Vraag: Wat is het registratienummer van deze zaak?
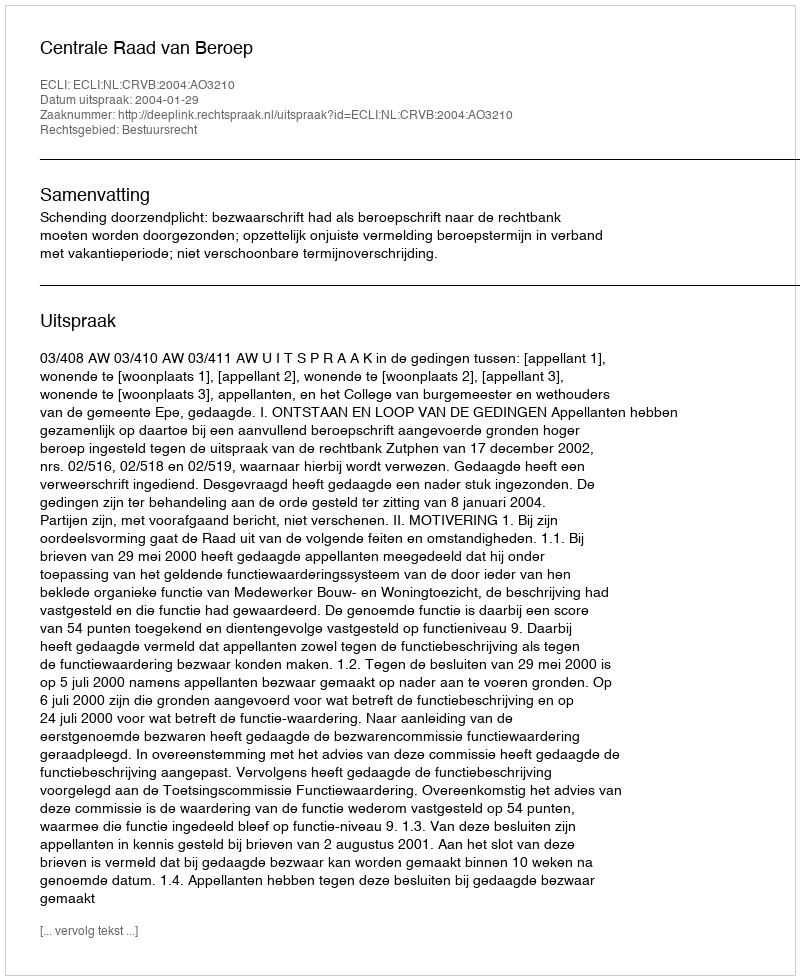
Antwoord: http://deeplink.rechtspraak.nl/uitspraak?id=ECLI:NL:CRVB:2004:AO3210